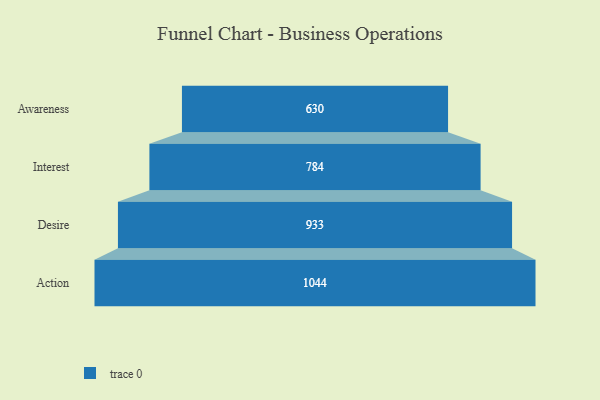
{"axis": {"x": "Stage", "y": "Value"}, "legend": [""], "data": [{"x": "Awareness", "y": 630.0, "type": ""}, {"x": "Interest", "y": 784.0, "type": ""}, {"x": "Desire", "y": 933.0, "type": ""}, {"x": "Action", "y": 1044.0, "type": ""}]}